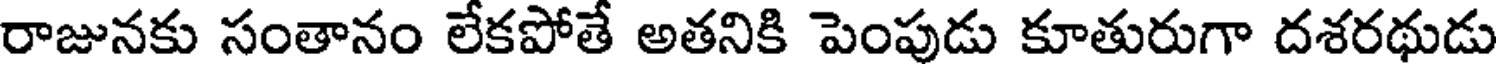
రాజునకు సంతానం లేకపోతే అతనికి పెంపుడు కూతురుగా దశరథుడు